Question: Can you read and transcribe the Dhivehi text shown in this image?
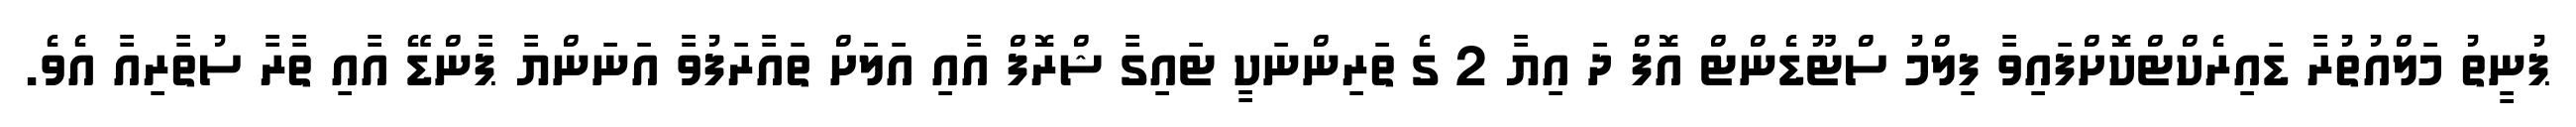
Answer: ޕުނީތު މަލްއުތުރާ ޑައިރެކްޓްކޮށްފައިވާ ފިލްމު ސްޓޫޑެންޓް އޮފް ދަ އިޔާ 2 ގެ ތަރިންނަކީ ޓައިގާ ޝްރޮފް އާއި އަލަށް ތައާރަފުވާ އަނަންޔާ ޕާންޑޭ އާއި ތާރާ ސުތާރިއާ އެވެ.